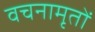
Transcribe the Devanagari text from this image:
वचनामृतों